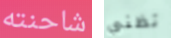
شاحنته تظني